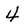
Character: 4